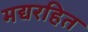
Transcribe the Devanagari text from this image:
मद्यरहित